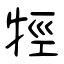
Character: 牼